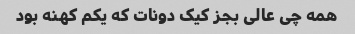
همه چی عالی بجز کیک دونات که یکم کهنه بود